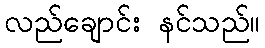
လည်ချောင်း နင်သည်။